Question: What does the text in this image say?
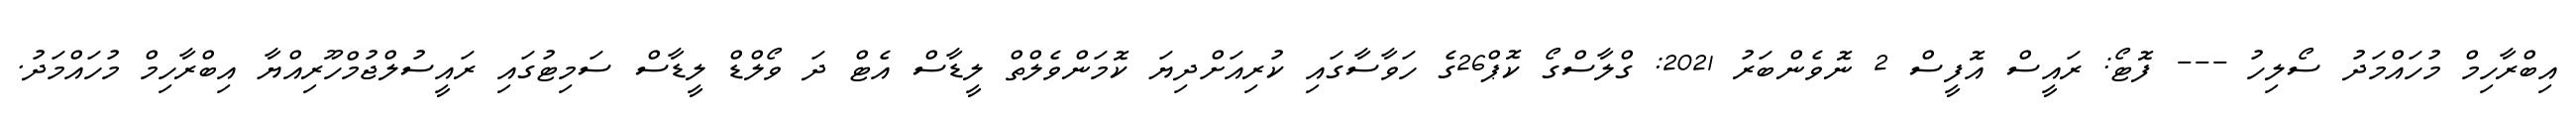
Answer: އިބްރާހިމް މުހައްމަދު ސޯލިހު --- ފޮޓޯ: ރައީސް އޮފީސް 2 ނޮވެންބަރު 2021: ގްލާސްގޯ ކޮޕް26ގެ ހަވާސާގައި ކުރިއަށްދިޔަ ކޮމަންވެލްތް ލީޑާސް އެޓް ދަ ވޯލްޑް ލީޑާސް ސަމިޓުގައި ރައީސުލްޖުމްހޫރިއްޔާ އިބްރާހިމް މުހައްމަދު.